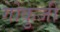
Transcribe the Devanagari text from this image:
गोकुजी